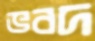
ভবদ